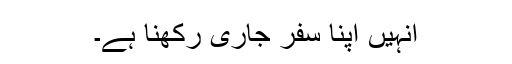
انہیں اپنا سفر جاری رکھنا ہے۔